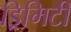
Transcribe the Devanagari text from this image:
ड्रिमिटी